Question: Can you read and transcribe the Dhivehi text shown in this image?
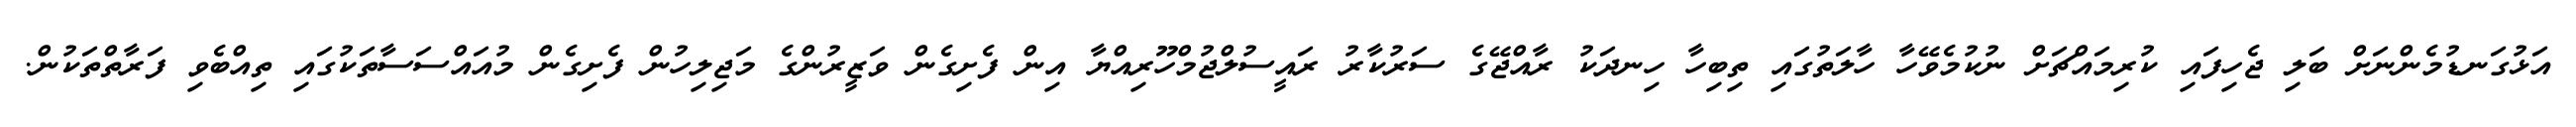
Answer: އަޅުގަނޑުމެންނަށް ބަލި ޖެހިފައި ކުރިމައްޗަށް ނުކުމެވޭހާ ހާލަތުގައި ތިބިހާ ހިނދަކު ރާއްޖޭގެ ސަރުކާރު ރައީސުލްޖުމްހޫރިއްޔާ އިން ފެށިގެން ވަޒީރުންގެ މަޖިލިހުން ފެށިގެން މުއައްސަސާތަކުގައި ތިއްބެވި ފަރާތްތަކުން.